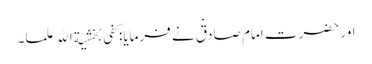
اور حضرت امام صادقؑ نے فرمایا:کفی بخشیة الله علما۔